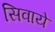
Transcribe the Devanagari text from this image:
सिवाये